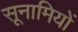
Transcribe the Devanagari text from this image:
सूनामियों